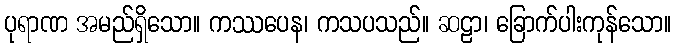
ပုရာဏ အမည်ရှိသော။ ကဿပေန၊ ကသပသည်။ ဆဠာ၊ ခြောက်ပါးကုန်သော။